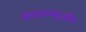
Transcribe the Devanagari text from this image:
जराजन्मदुःखौघ